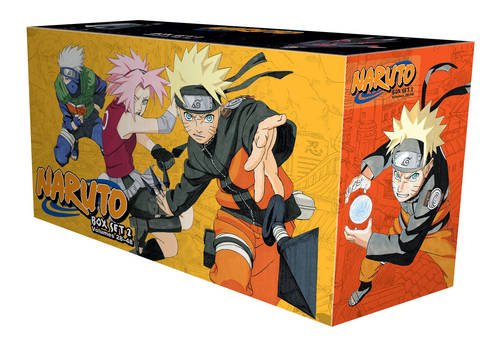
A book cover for Naruto Box Set 2: Volumes 28-48 with Premium; Masashi Kishimoto; Comics & Graphic Novels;